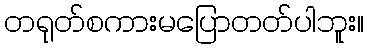
တရုတ်စကားမပြောတတ်ပါဘူး။